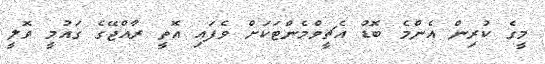
މީގެ ކުރިން އެންމެ ބޮޑު އެޗީވްމެންޓަކަށް ވެފައި އޮތީ ރާއްޖޭގެ ގައުމީ ވޮލީ